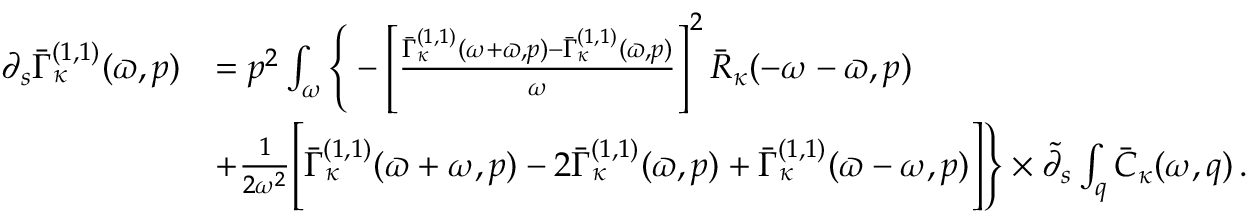
\begin{array} { r l } { \partial _ { s } \bar { \Gamma } _ { \kappa } ^ { ( 1 , 1 ) } ( \varpi , p ) } & { = p ^ { 2 } \int _ { \omega } \Bigg \{ - \left[ \frac { \bar { \Gamma } _ { \kappa } ^ { ( 1 , 1 ) } ( \omega + \varpi , p ) - \bar { \Gamma } _ { \kappa } ^ { ( 1 , 1 ) } ( \varpi , p ) } { \omega } \right] ^ { 2 } \bar { R } _ { \kappa } ( - \omega - \varpi , p ) } \\ & { + \frac 1 { 2 \omega ^ { 2 } } \Bigg [ \bar { \Gamma } _ { \kappa } ^ { ( 1 , 1 ) } ( \varpi + \omega , p ) - 2 \bar { \Gamma } _ { \kappa } ^ { ( 1 , 1 ) } ( \varpi , p ) + \bar { \Gamma } _ { \kappa } ^ { ( 1 , 1 ) } ( \varpi - \omega , p ) \Bigg ] \Bigg \} \times \tilde { \partial } _ { s } \int _ { q } \bar { C } _ { \kappa } ( \omega , q ) \, . } \end{array}